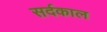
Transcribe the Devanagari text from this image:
सर्दकाल